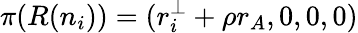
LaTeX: \pi(R(n_{i}))=(r_{i}^{\perp}+\rho r_{A},0,0,0)